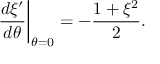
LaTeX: \left. { \frac { d \xi ^ { \prime } } { d \theta } } \right| _ { \theta = 0 } = - { \frac { 1 + \xi ^ { 2 } } { 2 } } .